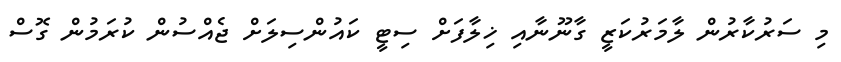
މި ސަރުކާރުން ލާމަރުކަޒީ ގާނޫނާއި ޚިލާފަށް ސިޓީ ކައުންސިލަށް ޖެއްސުން ކުރަމުން ގޮސް